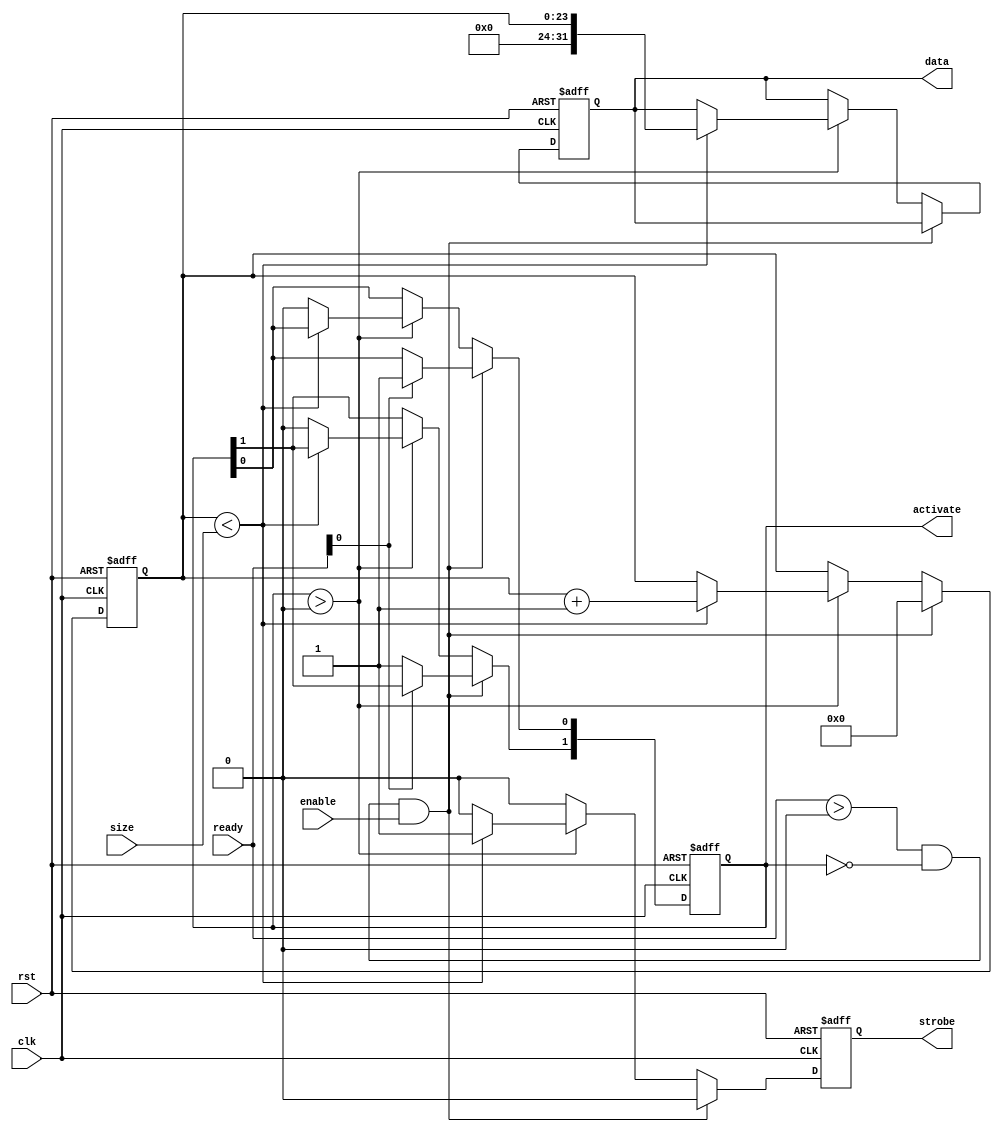
module test_in (
  input               clk,
  input               rst,

  input               enable,

  input       [1:0]   ready,
  input       [23:0]  size,
  output  reg [1:0]   activate,
  output  reg [31:0]  data,
  output  reg         strobe
);


//Parameters
//Registers/Wires
reg           [23:0]  count;
//Sub modules
//Asynchronous Logic
//Synchronous Logic

always @ (posedge clk or posedge rst) begin
  if (rst) begin
    activate          <=  0;
    data              <=  0;
    strobe            <=  0;
    count             <=  0;
  end
  else begin
    strobe            <=  0;
    if ((ready > 0) && (activate == 0) && enable) begin
      //A FIFO is available
      count           <=  0;
      if (ready[0]) begin
        activate[0]   <=  1;
      end
      else begin
        activate[1]   <=  1;
      end
    end
    else if (activate > 0) begin
      if (count < size) begin
        data          <=  count;
        count         <=  count + 1;
        strobe        <=  1;
      end
      else begin
        activate      <=  0;
      end
    end

  end
end

endmodule